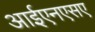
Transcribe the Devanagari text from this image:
आईएनएसए